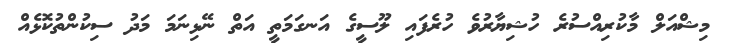
މިޝްއަލް މާކުރިއްސުރެ ހުޝިޔާރުވެ ހުރެފައި ލޫސީގެ އަނގަމަތީ އަތް ނޭޅިނަމަ މަދު ސިކުންތުކޮޅެއް